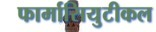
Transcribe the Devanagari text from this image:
फार्मासियुटीकल